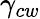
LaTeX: \gamma_{cw}